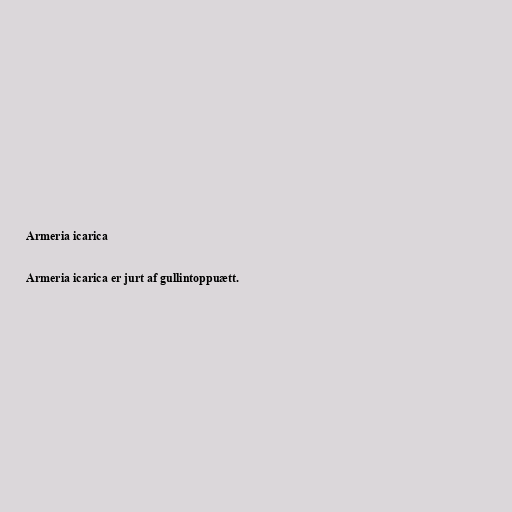
Armeria icarica

Armeria icarica er jurt af gullintoppuætt.